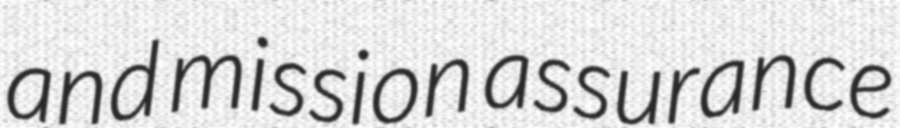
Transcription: and mission assurance